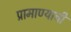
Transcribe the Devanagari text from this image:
प्रामाण्याची